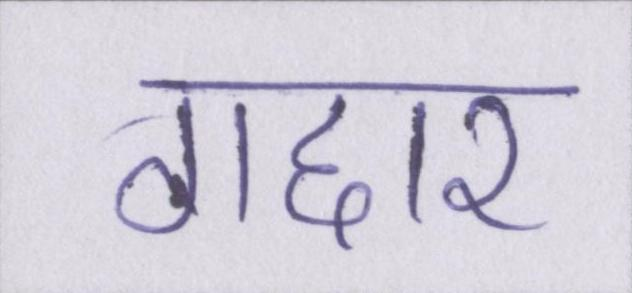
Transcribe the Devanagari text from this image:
गद्दार